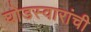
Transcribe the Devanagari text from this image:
घोडस्वारांची